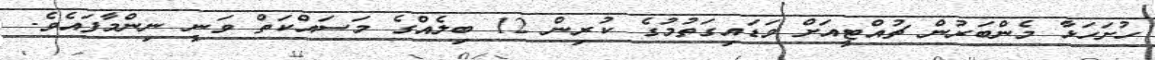
ހުށަހަޅާ މެންބަރުން ޗުއްޓީއަށް ވަޑައިގަތުމުގެ ކުރިން 12 ބިލެއްގެ މަސައްކަތް ވަނީ ނިންމާފައެވެ.